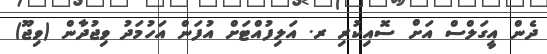
ދެން އީގަލްސް އަށް ސޮއިކުރި ރ. އަލިފުއްޓަށް އުފަން އަހުމަދު ވިޖުދާން (ވިޖޫ)